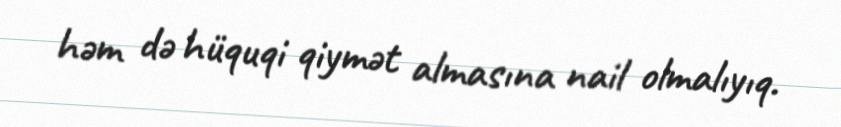
həm də hüquqi qiymət almasına nail olmalıyıq.